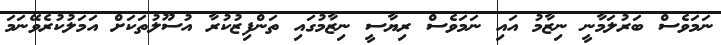
ނަމަވެސް ބަރުލަމާނީ ނިޒާމު އައި ނަމަވެސް ރިޔާސީ ނިޒާމުގައި ތަންފިޒުކުރާ އުސޫލުތަކަށް އަމަލުކުރެވޭނަމަ